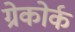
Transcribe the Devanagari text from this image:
ग्रेकोर्क